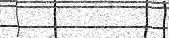
٤٢